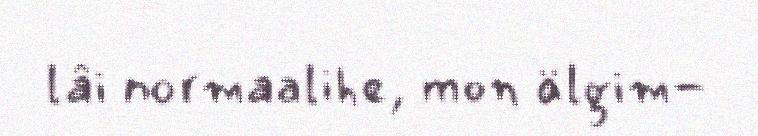
lâi normaalihe, mon älgim-